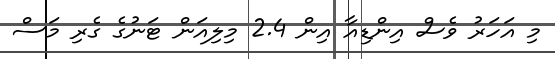
މި އަހަރު ވެސް އިންޑިއާ އިން 2.4 މިލިއަން ޓަނުގެ ގެރި މަސް